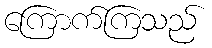
ကြောက်ကြသည်